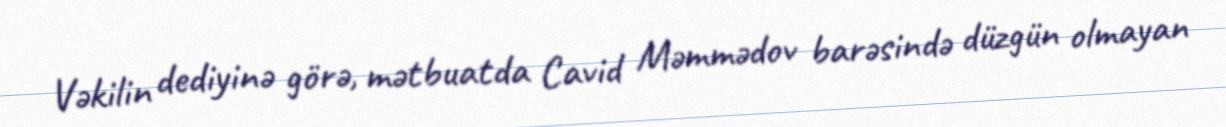
Vəkilin dediyinə görə, mətbuatda Cavid Məmmədov barəsində düzgün olmayan